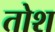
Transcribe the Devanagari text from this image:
तोश